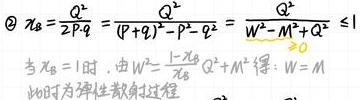
\[
\begin{align*}
\textcircled{2}\quad x_B&=\frac{Q^2}{2P\cdot q}=\frac{Q^2}{(P + q)^2 - P^2 - q^2}=\frac{Q^2}{W^2 - M^2 + Q^2}\leq1\\
&\text{当}x_B = 1\text{时，由}W^2=\frac{1 - x_B}{x_B}Q^2 + M^2\text{得：}W = M\\
&\text{此时为弹性散射过程}
\end{align*}
\]